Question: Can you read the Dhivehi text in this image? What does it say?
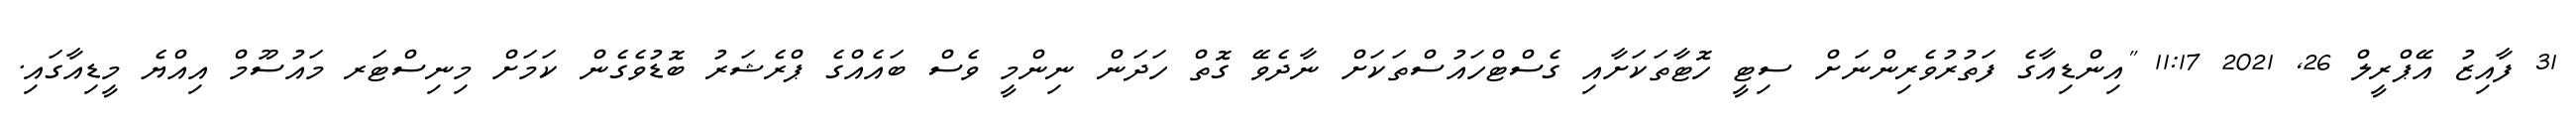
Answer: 31 ފާއިޒު އޭޕްރީލް 26, 2021 11:17 "އިންޑިއާގެ ފަތުރުވެރިންނަށް ސިޓީ ހޮޓާތަކަށާއި ގެސްޓްހައުސްތަކަށް ނާދެވޭ ގޮތް ހަދަން ނިންމީ ވެސް ބައެއްގެ ޕްރެޝަރު ބޮޑުވެގެން ކަމަށް މިނިސްޓަރ މައުސޫމް އިއްޔެ މީޑިއާގައި.